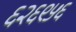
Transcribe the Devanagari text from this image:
६२६९५६